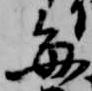
毎